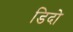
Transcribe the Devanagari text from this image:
डिदो